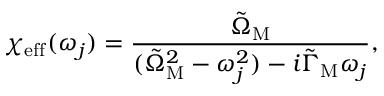
\chi _ { \mathrm { e f f } } ( \omega _ { j } ) = \frac { \tilde { \Omega } _ { \mathrm { M } } } { ( \tilde { \Omega } _ { \mathrm { M } } ^ { 2 } - \omega _ { j } ^ { 2 } ) - i \tilde { \Gamma } _ { \mathrm { M } } \omega _ { j } } ,